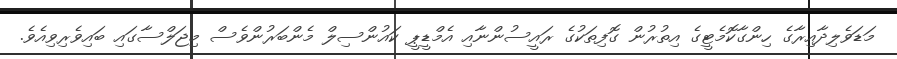
މަޑަވެލިދާއިރާގެ ހިންގާކޮމެޓީގެ އިތުރުން ގޮފިތަކުގެ ރައީސުންނާއި އެމްޑީޕީ ކައުންސިލް މެންބަރުންވެސް މިޖަލްސާގައި ބައިވެރިވިއެވެ.